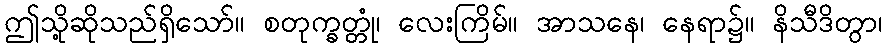
ဤသို့ဆိုသည်ရှိသော်။ စတုက္ခတ္တုံ၊ လေးကြိမ်။ အာသနေ၊ နေရာ၌။ နိသီဒိတွာ၊